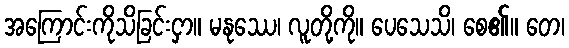
အကြောင်းကိုသိခြင်းငှာ။ မနုဿေ၊ လူတို့ကို။ ပေသေသိ၊ စေ၏။ တေ၊